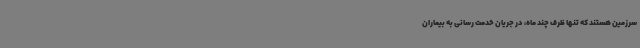
سرزمین هستند که تنها ظرف چند ماه، در جریان خدمت رسانی به بیماران